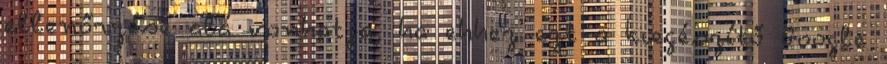
ellenőrzése alá vonhatja, ha ehhez ezt a kiegészítő Google